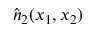
\hat { \b { n } } _ { 2 } ( x _ { 1 } , x _ { 2 } )